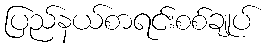
ပြည်နယ်စာရင်းစစ်ချုပ်